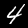
Label: 4